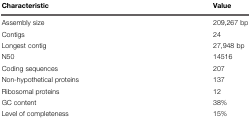
<table><thead><tr><td><b>Characteristic</b></td><td><b>Value</b></td></tr></thead><tbody><tr><td>Assembly size</td><td>209,267 bp</td></tr><tr><td>Contigs</td><td>24</td></tr><tr><td>Longest contig</td><td>27,948 bp</td></tr><tr><td>N50</td><td>14516</td></tr><tr><td>Coding sequences</td><td>207</td></tr><tr><td>Non-hypothetical proteins</td><td>137</td></tr><tr><td>Ribosomal proteins</td><td>12</td></tr><tr><td>GC content</td><td>38%</td></tr><tr><td>Level of completeness</td><td>15%</td></tr></tbody></table>